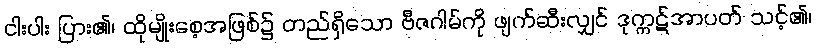
ငါးပါး ပြား၏၊ ထိုမျိုးစေ့အဖြစ်၌ တည်ရှိသော ဗီဇဂါမ်ကို ဖျက်ဆီးလျှင် ဒုက္ကဋ်အာပတ် သင့်၏၊